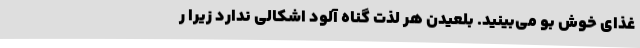
غذای خوش بو می‌بینید. بلعیدن هر لذت گناه آلود اشکالی ندارد زیرا ر